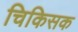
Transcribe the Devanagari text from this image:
चिकिसक